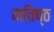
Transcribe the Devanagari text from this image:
मतिष्ठ